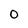
Character: O